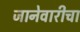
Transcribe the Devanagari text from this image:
जानेवारीचा